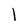
Character: 1